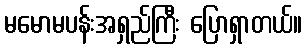
မမောမပန်းအရှည်ကြီး ပြောရှာတယ်။